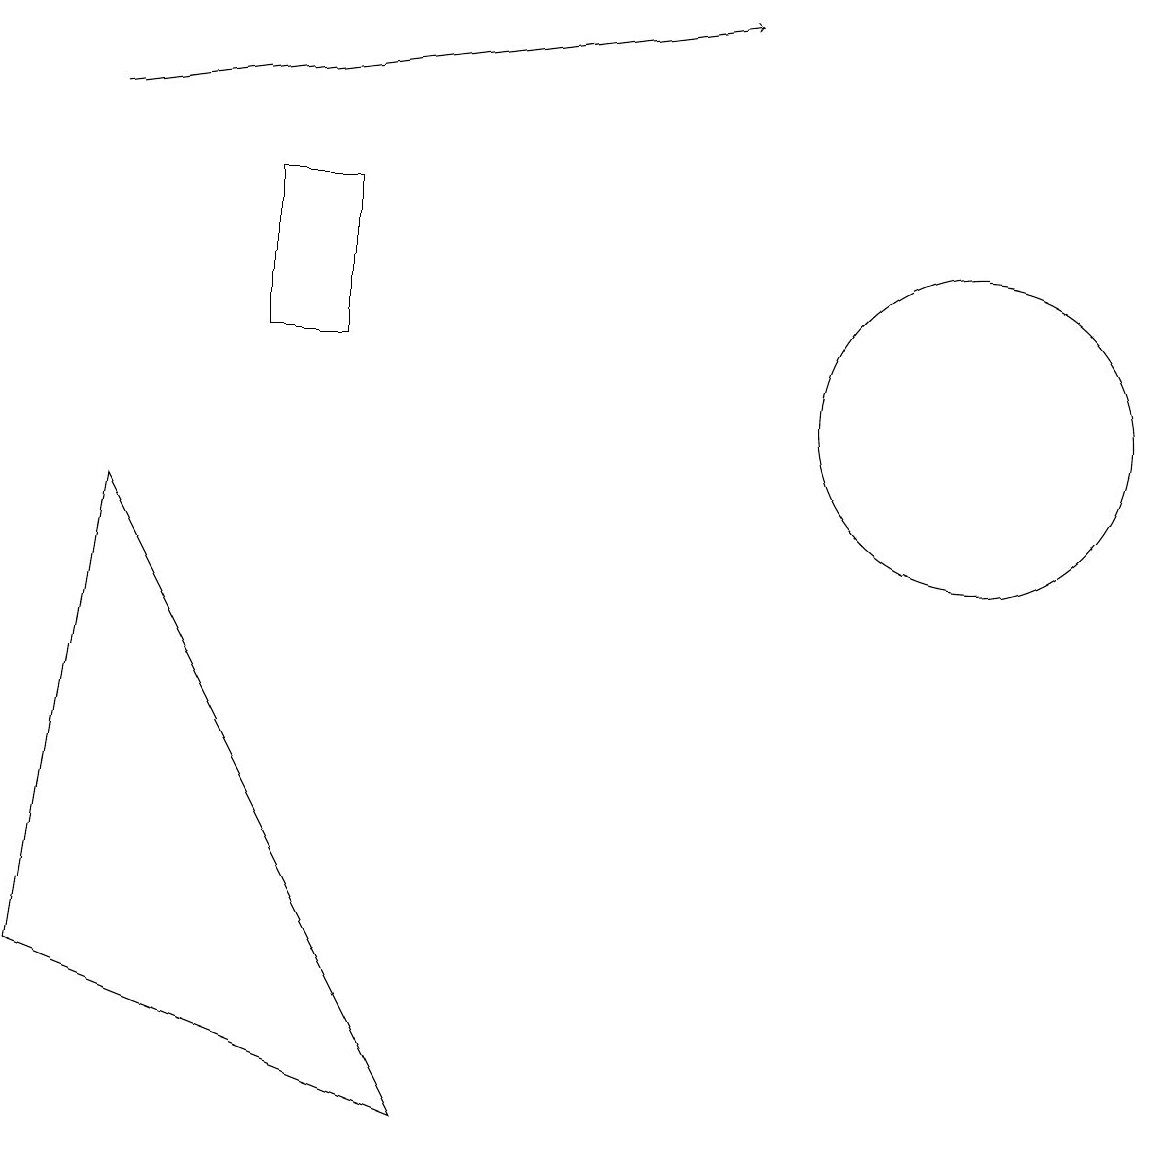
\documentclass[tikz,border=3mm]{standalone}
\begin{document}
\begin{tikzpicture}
\draw (12,10) circle (2);
\draw (0,3) -- (1,9) -- (5,1) -- cycle;
\draw[->] (1,14) -- (9,15);
\draw (3,11) rectangle (4,13);
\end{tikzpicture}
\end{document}